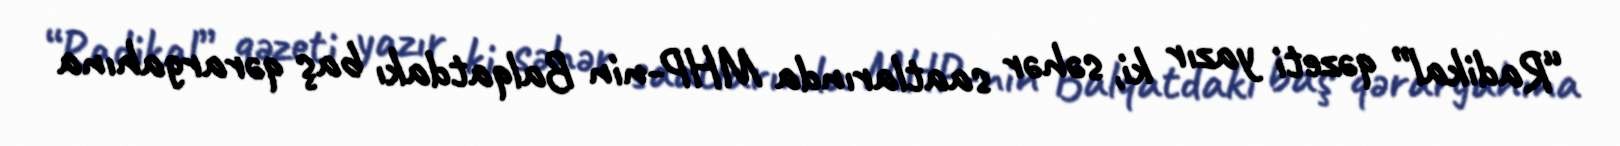
“Radikal” qəzeti yazır ki, səhər saatlarında MHP-nin Balqatdakı baş qərargahına